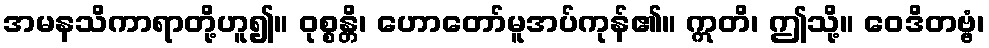
အမနသိကာရာတို့ဟူ၍။ ဝုစ္စန္တိ၊ ဟောတော်မူအပ်ကုန်၏။ ဣတိ၊ ဤသို့။ ဝေဒိတဗ္ဗံ၊